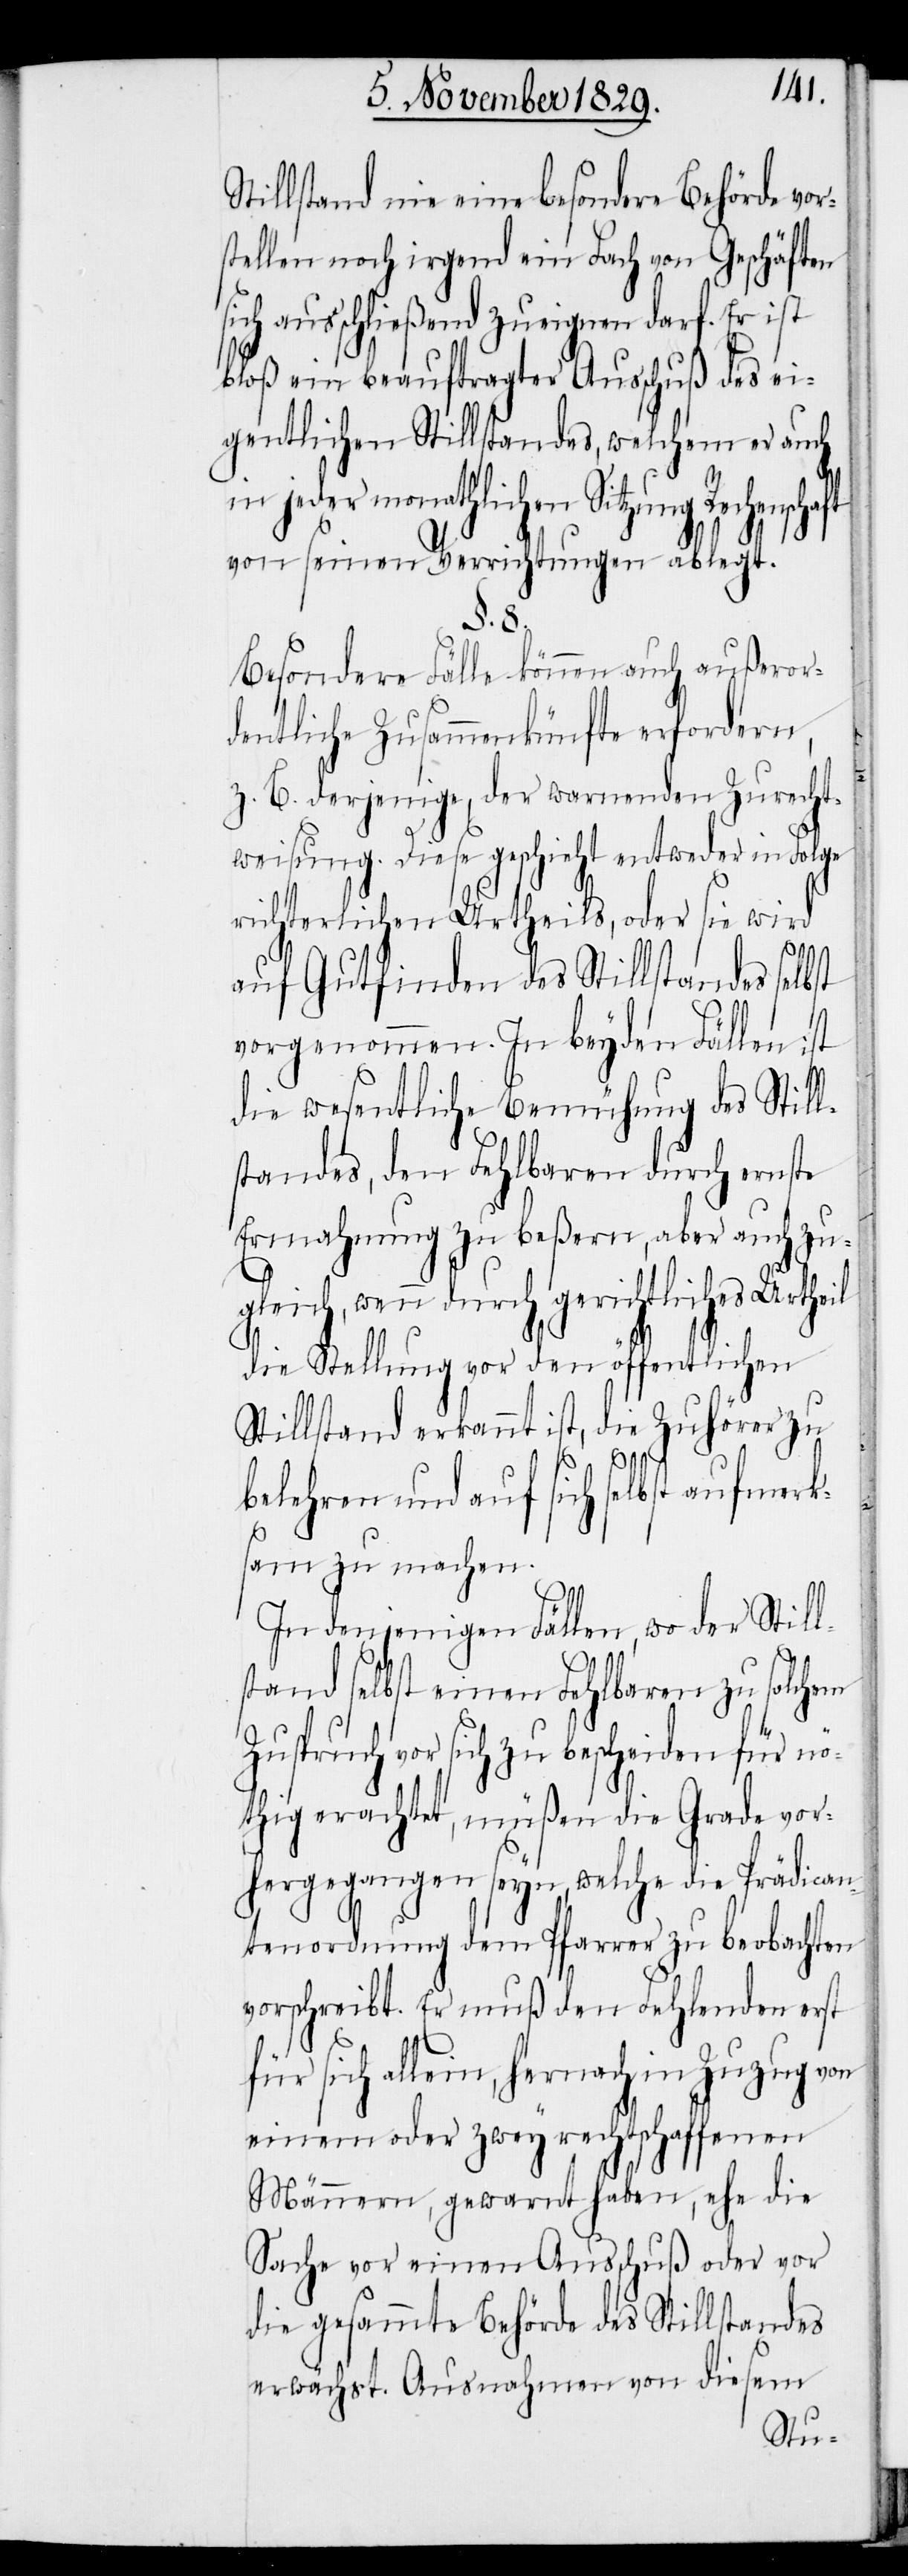
Stillstand nie eine besondere Behörde vor¬
stellen noch irgend ein Fach von Geschäften
sich ausschließend zueignen darf. Er ist
bloß ein beauftragter Ausschuß des ei¬
gentlichen Stillstandes, welchem er auch
in jeder monathlichen Sitzung Rechensch¬
von seinen Verrichtungen ablegt.
§. 8.
Besondere Fälle können auch außeror¬
dentliche Zusammenkünfte erfordern,
z. B. derjenige, der warnenden Zurecht¬
weisung. Diese geschieht entweder in Folge
richterlichen Urtheils, oder sie wird
r¬
auf Gutfinden des Stillstandes selbst
vorgenommen. In beyden Fällen ist
die wesentliche Bemühung des Still¬
standes, den Fehlbaren durch ernste
Ermahnung zu beßern, aber auch zu¬
gleich, wenn durch gerichtliches Urtheil
die Stellung vor den öffentlichen
Stillstand erkannt ist, die Zuhörer zu
belehren und auf sich selbst aufme¬
ksam zu machen.
In denjenigen Fällen, wo der Still¬
stand selbst einen Fehlbaren zu solchem
Zuspruch vor sich zu bescheiden für n¬
öthig erachtet, müßen die Grade vor¬
hergegangen seyn, welche die Prädican¬
tenordnung dem Pfarrer zu beobachten
vorschreibt. Er muß den Fehlenden erst
für sich allein, hernach im Zuzug von
einem oder zwey rechtschaffenen
Männern, gewarnt haben, ehe die
Sache vor einen Ausschuß oder vor
die gesammte Behörde des Stillstandes
erwächst. Ausnahmen von diesem